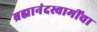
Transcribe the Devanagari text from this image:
ब्रह्मानंदस्वामींचा